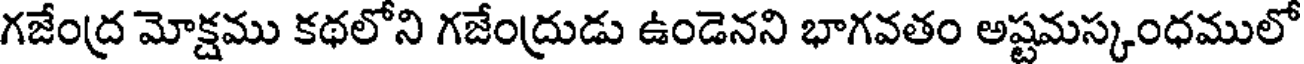
గజేంద్ర మోక్షము కథలోని గజేంద్రుడు ఉండెనని భాగవతం అష్టమస్కంధములో